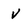
Character: v